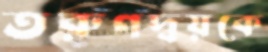
তরুণদ্বয়কে